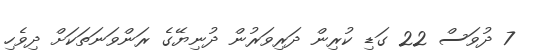
7 ދުވަސް 22 ގަޑި ކުރިން ދަރިވަރުން ދުނިޔޭގެ ރަންވަނަތަކަށް ދިވެހި